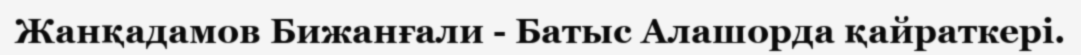
Жанқадамов Бижанғали - Батыс Алашорда қайраткері.